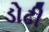
ડોઢી